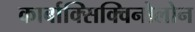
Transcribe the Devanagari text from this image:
कार्बाक्सिक्विनोलोन